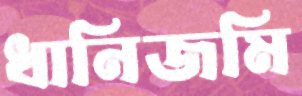
ধানিজমি